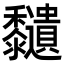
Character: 𪐔